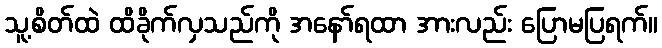
သူ့စိတ်ထဲ ထိခိုက်လှသည်ကို အနော်ရထာ အားလည်း ပြောမပြရက်။